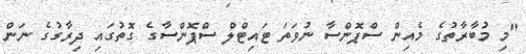
"މި މުބާރާތުގެ މެއިން ސްޕޮންސާ ނުވަތަ ޓައިޓްލް ސްޕޮންސާގެ ގޮތުގައި ދިރާގުގެ ނަން